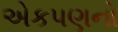
એકપણનો